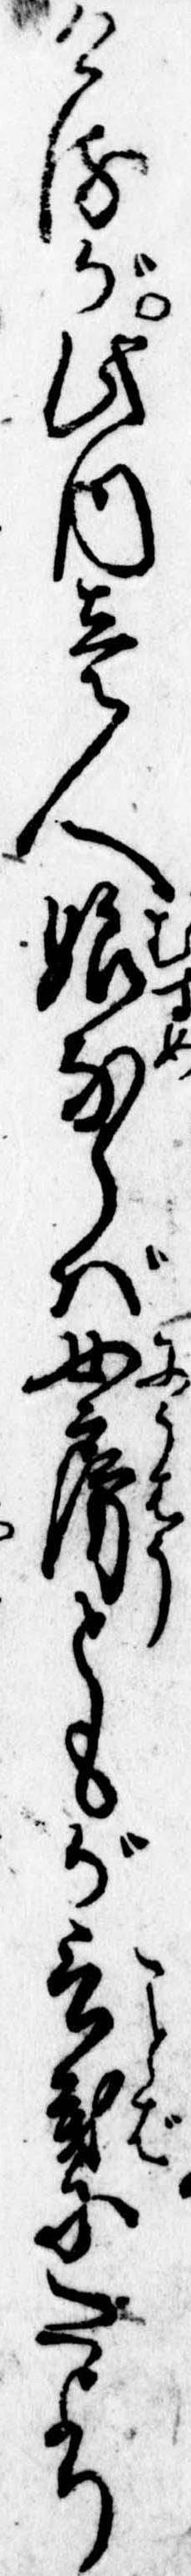
けるが此内壱人娘ならば女房ともが言葉にたより